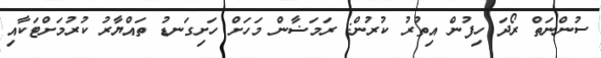
ސުންނަތް ރޯދަ ހިފުން އިތުރު ކުރުން: ރަމަޟާން މަހަށް ހަށިގަނޑު ތައްޔާރު ކުރުމަށްޓަކާއި